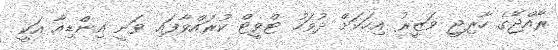
ރާއްޖޭގެ ހާރިޖީ ވަޒީރު އިހަކަށް ދުވަހު ޓްވީޓް ކުރައްވާފައި ވަނީ އިންޑިއާ އަކީ